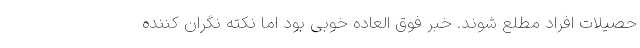
حصیلات افراد مطلع شوند. خبر فوق العاده خوبی بود اما نکته نگران کننده